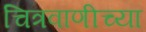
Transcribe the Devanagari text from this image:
चित्रवाणीच्या